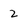
Character: 2